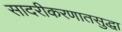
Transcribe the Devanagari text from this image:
सादरीकरणातसुद्धा